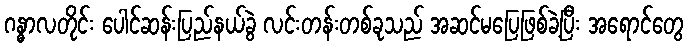
ဂန္ဓာလတိုင်း ပေါင်ဆန်းပြည်နယ်ခွဲ လင်းတန်းတစ်ခုသည် အဆင်မပြေဖြစ်ခဲ့ပြီး အရောင်တွေ